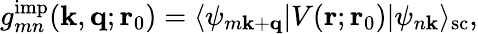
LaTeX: g_{mn}^{\mathrm{imp}}(\mathbf k,\mathbf q;\mathbf r_{0})=\langle\psi_{m\mathbf k+\mathbf q}|V(\mathbf r;\mathbf r_{0})|\psi_{n\mathbf k}\rangle_{\mathrm{sc}},